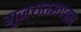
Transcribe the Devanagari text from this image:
गुजरातमण्डल